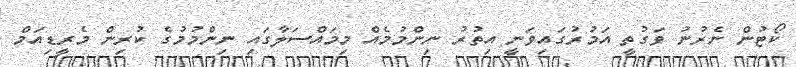
ކޯޓުން ނެރުނު ވަގުތީ އަމުރުގައިވަނީ އިތުރު ނިންމުމެއް މިމައްސަލާގައި ނިންމުމުގެ ކުރިން މެރީޑިއަމް